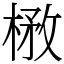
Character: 㮘